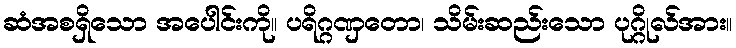
ဆံအစရှိသော အပေါင်းကို။ ပရိဂ္ဂဏှတော၊ သိမ်းဆည်းသော ပုဂ္ဂိုလ်အား။